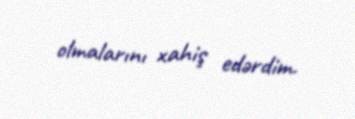
olmalarını xahiş edərdim.